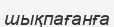
шықпағанға